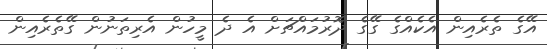
އޭގެ ތެރެއިން އެކެއްގެ ގޭގެ ދޮރުމައްޗަށް އެ ދެ މީހުން އެރިތަނުން ގޭތެރެއިން